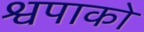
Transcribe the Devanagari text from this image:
श्वपाको